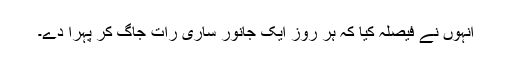
انہوں نے فیصلہ کیا کہ ہر روز ایک جانور ساری رات جاگ کر پہرا دے۔